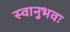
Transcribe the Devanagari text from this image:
स्वानुभवः